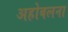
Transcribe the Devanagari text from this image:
अहोबलना